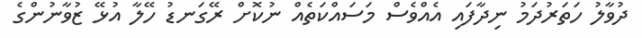
ދުވާލު ހަތަރުދަމު ނިދާފައި އެއްވެސް މަސައްކަތެއް ނުކޮށް ރޭގަނޑު ހޭލާ އުޅޭ ޒުވާނުންގެ